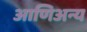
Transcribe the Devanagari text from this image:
आणिअन्य